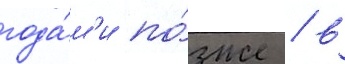
года́м'и по́зже / в